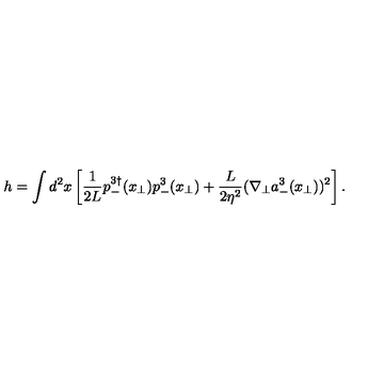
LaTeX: h = \int d ^ { 2 } x \left[ \frac { 1 } { 2 L } p _ { - } ^ { 3 \dagger } ( { x } _ { \bot } ) p _ { - } ^ { 3 } ( { x } _ { \bot } ) + \frac { L } { 2 \eta ^ { 2 } } ( \nabla _ { \bot } a _ { - } ^ { 3 } ( { x } _ { \bot } ) ) ^ { 2 } \right] .